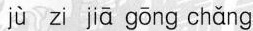
jù zi jiā gōng chǎng